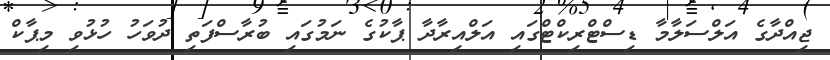
ޖިއްދާގެ އަލްސަލާމާ ޑިސްޓްރިކްޓްގައި އަލްއިރާދާ ޕާކުގެ ނަމުގައި ބުރާސްފަތި ދުވަހު ހުޅުވި މިޕާކް